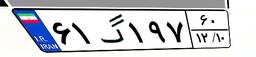
۶۱گ۱۹۷۶۰